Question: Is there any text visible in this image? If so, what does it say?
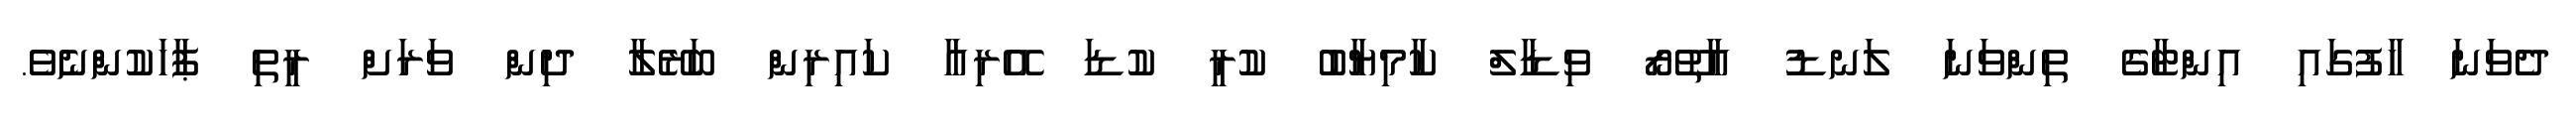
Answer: ދެވަނަ ހާފުގައި އިންޓާގެ ތިންވަނަ ލަނޑު އާތޫރޯ ވިޑާލް ކާމިޔާބު ކުރީ ކުޑަ އޭރިއާ ކައިރިން ބަރޭލާ ދިން ވަރަށް ރީތި ޕާހަކުންނެވެ.